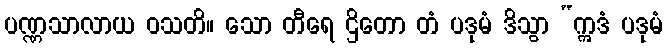
ပဏ္ဏသာလာယ ဝသတိ။ သော တီရေ ဌိတော တံ ပဒုမံ ဒိသွာ “ဣဒံ ပဒုမံ